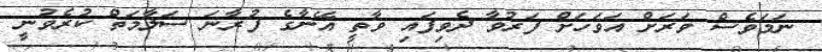
ނަމަވެސް ވަރަށް އަވަހަށް ފަރުވާ ދެވިފައި ވާތީ އޭނާގެ ފުރާނަ ސަލާމަތް ކުރެވުނީ